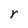
Character: r